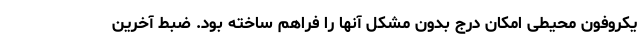
یکروفون محیطی امکان درج بدون مشکل آنها را فراهم ساخته بود. ضبط آخرین